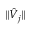
\| \hat { V } _ { j } \|